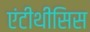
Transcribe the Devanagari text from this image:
एंटीथीसिस